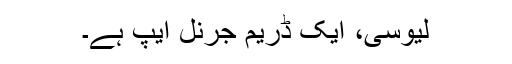
لیوسی، ایک ڈریم جرنل ایپ ہے۔